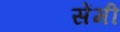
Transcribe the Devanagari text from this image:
सेेंमी